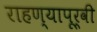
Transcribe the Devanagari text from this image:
राहण्यापूर्वी